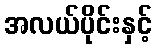
အလယ်ပိုင်းနှင့်